Civil Veterinary Department. Central Provinces & Berar 1925-31 - 1925-1931
Year: 1925
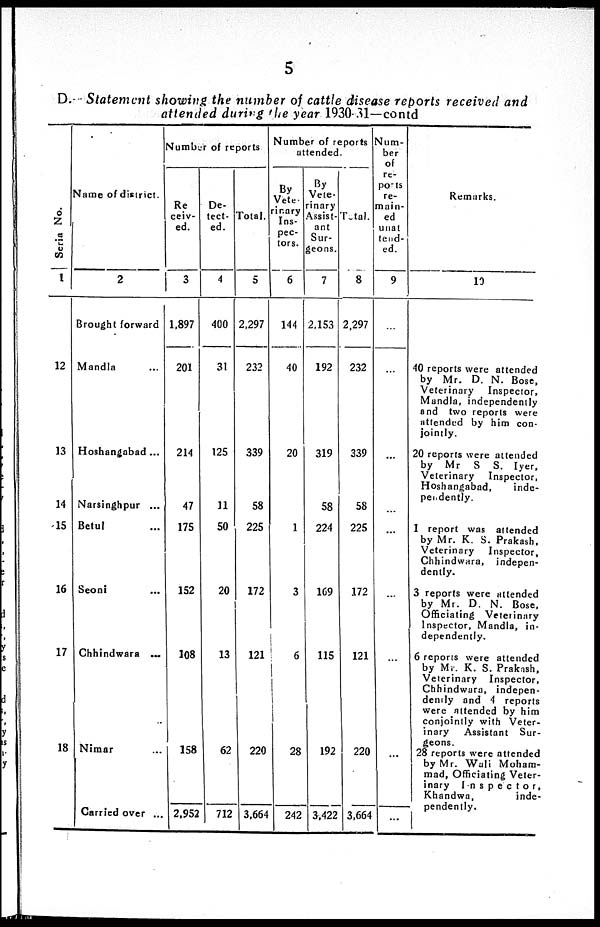
5
D. Statement showing the number of cattle disease reports received and
attended during the year 1930-31—contd
Ser i a No.
1
12
13
14
15
16
17
18
Name of district.
2
Brought forward
Mandla ...
Hoshangabad ...
Narsinghpur ...
Betul ...
Seoni ...
Chhindwara ...
Nimar ...
Carried over ...
Number of reports
Re
ceiv-
ed.
3
1,897
201
214
47
175
152
108
158
2,952
De-
ect-
ed.
4
400
31
125
11
50
20
13
62
712
Total.
5
2,297
232
339
58
225
172
121
220
3,664
Number of reports
attended.
By
Vete-
inary
Ins-
pec-
tors.
6
144
40
20
1
3
6
28
242
By
Vete-
inary
Assist-
ant
Sur-
geons.
7
2,153
192
319
58
224
169
115
192
3,422
Total.
8
2,297
232
339
58
225
172
121
220
3,664
Num-
ber
of
re-
ports
re-
main-
ed
unat
tend-
ed.
9
...
...
...
...
...
...
...
...
...
Remarks.
10
40 reports were attended
by Mr. D. N. Bose,
Veterinary
Inspector,
Mandla, independently
and two reports were
attended by him con-
jointly.
20 reports were attended
by Mr S S. Iyer,
Veterinary
Inspector,
Hoshangabad,
inde-
pendently.
1 report was attended
by Mr. K. S. Prakash,
Veterinary
Inspector,
Chhindwara, indepen-
dently.
3 reports were attended
by Mr. D. N. Bose,
Officiating Veterinary
Inspector, Mandla, in-
dependently.
6 reports were attended
by Mr. K. S. Praknsh,
Veterinary Inspector,
Chhindwara, indepen-
dently and 4 reports
were attended by him
conjointly with Veter-
inary
Assistant Sur-
geons.
28 reports were attended
by Mr. Wali Moham-
mad, Officiating Veter-
inary
Inspector,
Khandwa,
inde-
pendently.